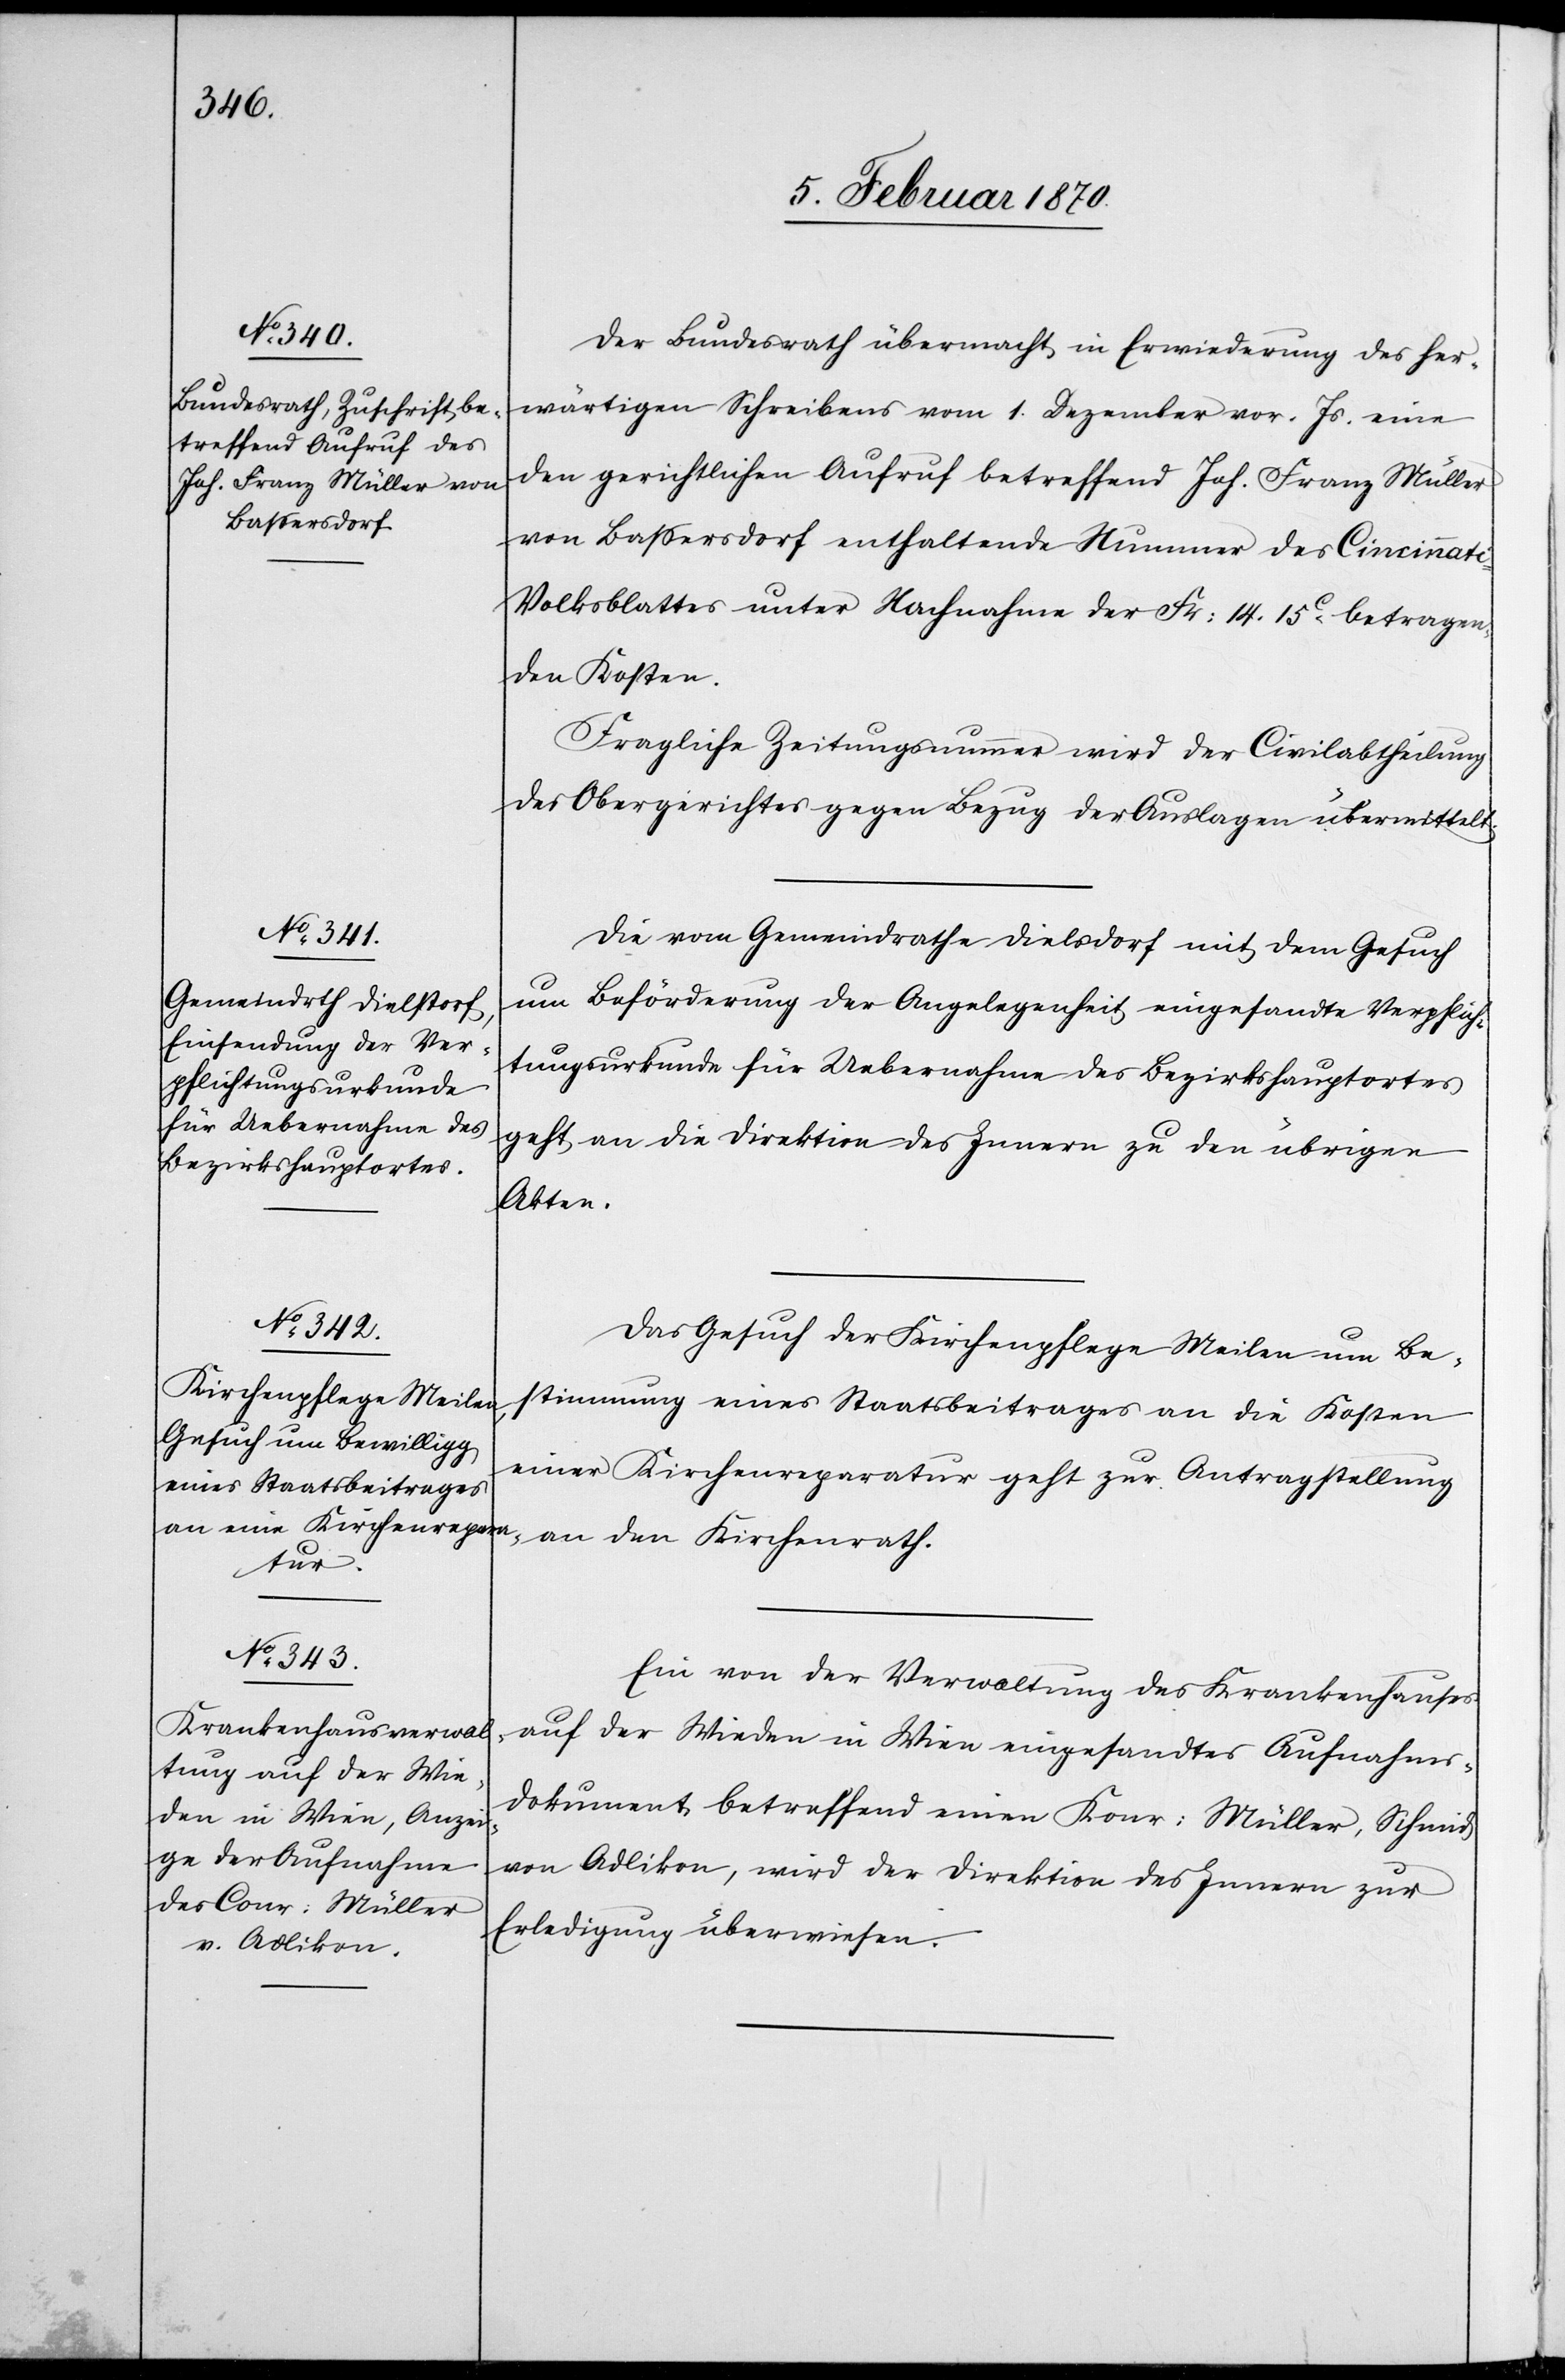
7. Februar 1870.]
Der Bundesrath übermacht in Erwiederung des her¬
wärtigen Schreibens vom 1. Dezember vor. Js. eine
den gerichtlichen Aufruf betreffend Joh. Franz Müller
von Bassersdorf enthaltende Nummer des Cincinnat¬
i-Volksblattes unter Nachnahme der Fr: 14. 15C betragen¬
den Kosten.
Fragliche Zeitungsnummer wird der Civilabtheilung
des Obergerichtes gegen Bezug der Auslagen übermittelt.
Die vom Gemeindrathe Dielsdorf [sic!] mit dem Gesuch
um Beförderung der Angelegenheit eingesandte Verpflich¬
tungsurkunde für Uebernahme des Bezirkshauptortes
geht an die Direktion des Innern zu den übrigen
Akten.
Das Gesuch der Kirchenpflege Meilen um Be¬
stimmung eines Staatsbeitrages an die Kosten
einer Kirchenreparatur geht zur Antragstellung
an den Kirchenrath.
Ein von der Verwaltung des Krankenhauses
auf der Wieden in Wien eingesandtes Aufnahms¬
dokument betreffend einen Konr: [sic!] Müller, Schmid
von Adlikon, wird der Direktion des Innern zur
Erledigung überwiesen.